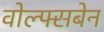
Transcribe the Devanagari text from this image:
वोल्फ्सबेन